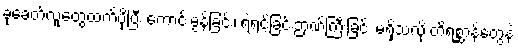
ခုခေတ်လူတွေထက်ပိုပြီး ကောင်းမွန်ခြင်း၊ ရဲရင့်ခြင်းဉာဏ်ကြီးခြင်း မရှိသလို တိရစ္ဆာန်တွေနဲ့